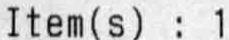
ITEM(S) : 1